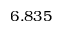
6 . 8 3 5